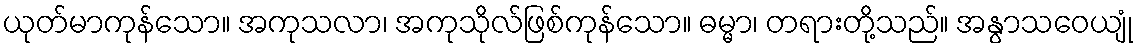
ယုတ်မာကုန်သော။ အကုသလာ၊ အကုသိုလ်ဖြစ်ကုန်သော။ ဓမ္မာ၊ တရားတို့သည်။ အနွာသဝေယျုံ